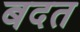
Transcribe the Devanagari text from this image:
बदत